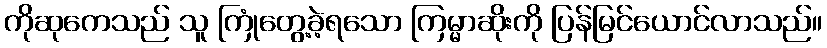
ကိုဆုကေသည် သူ ကြုံတွေ့ခဲ့ရသော ကြမ္မာဆိုးကို ပြန်မြင်ယောင်လာသည်။